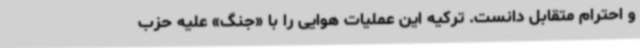
و احترام متقابل دانست. ترکیه این عملیات هوایی را با «جنگ» علیه حزب